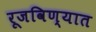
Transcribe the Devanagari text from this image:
रूजविण्यात